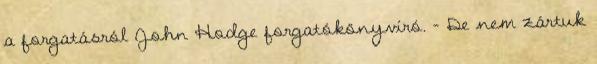
a forgatásról John Hodge forgatókönyvíró. – De nem zártuk